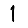
Digit: 1